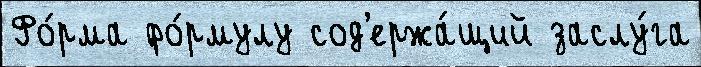
Фо́рма фо́рмулу сод'ержа́щий заслу́га